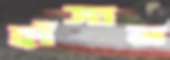
হাঁসান